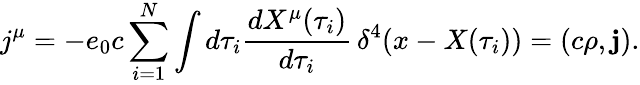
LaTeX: j^{\mu}=-e_{0}c\sum_{i=1}^{N}\int d\tau_{i}\frac{dX^{\mu}(\tau_{i})}{d\tau_{i}}\, \delta^{4}(x-X(\tau_{i}))=(c\rho,{\mathbf j}).